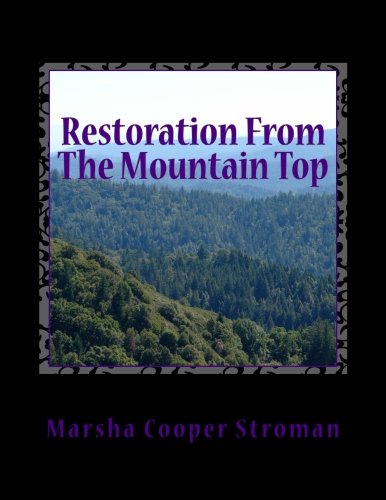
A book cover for Restoration From The Mountain Top: Look high...look high...look high above the sky!; Marsha Cooper Stroman; Teen & Young Adult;